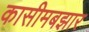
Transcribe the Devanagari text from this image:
कासीमबझार